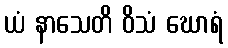
ယံ နာသေတိ ဝိသံ ဃောရံ